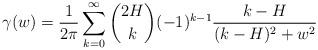
LaTeX: \begin{align*}\gamma(w) = \frac{1}{2\pi}\sum_{k=0}^{\infty}{ 2H\choose k}(-1)^{k-1} \frac{k-H}{(k-H)^2+w^2}\end{align*}